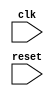
module EthernetController(
    input wire clk,
    input wire reset,
    // Add other input and output ports as needed
);

// Timing generators
reg [7:0] counter;
reg [7:0] div_counter;

// Clock dividers
always @(posedge clk or posedge reset) begin
    if (reset) begin
        div_counter <= 8'b0;
    end else begin
        div_counter <= div_counter + 1;
    end
end

// Synchronization logic
// Add synchronization logic here

// Add other modules for data transmission and reception

endmodule